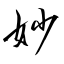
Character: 妙